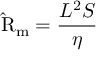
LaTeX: \mathrm { \hat { R } } _ { \mathrm { m } } = { \frac { L ^ { 2 } S } { \eta } }